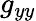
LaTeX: g_{yy}